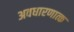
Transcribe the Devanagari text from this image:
अवधारणात्क